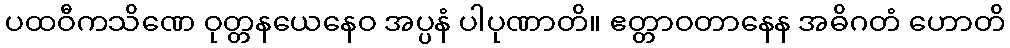
ပထဝီကသိဏေ ဝုတ္တနယေနေဝ အပ္ပနံ ပါပုဏာတိ။ ဧတ္တာဝတာနေန အဓိဂတံ ဟောတိ